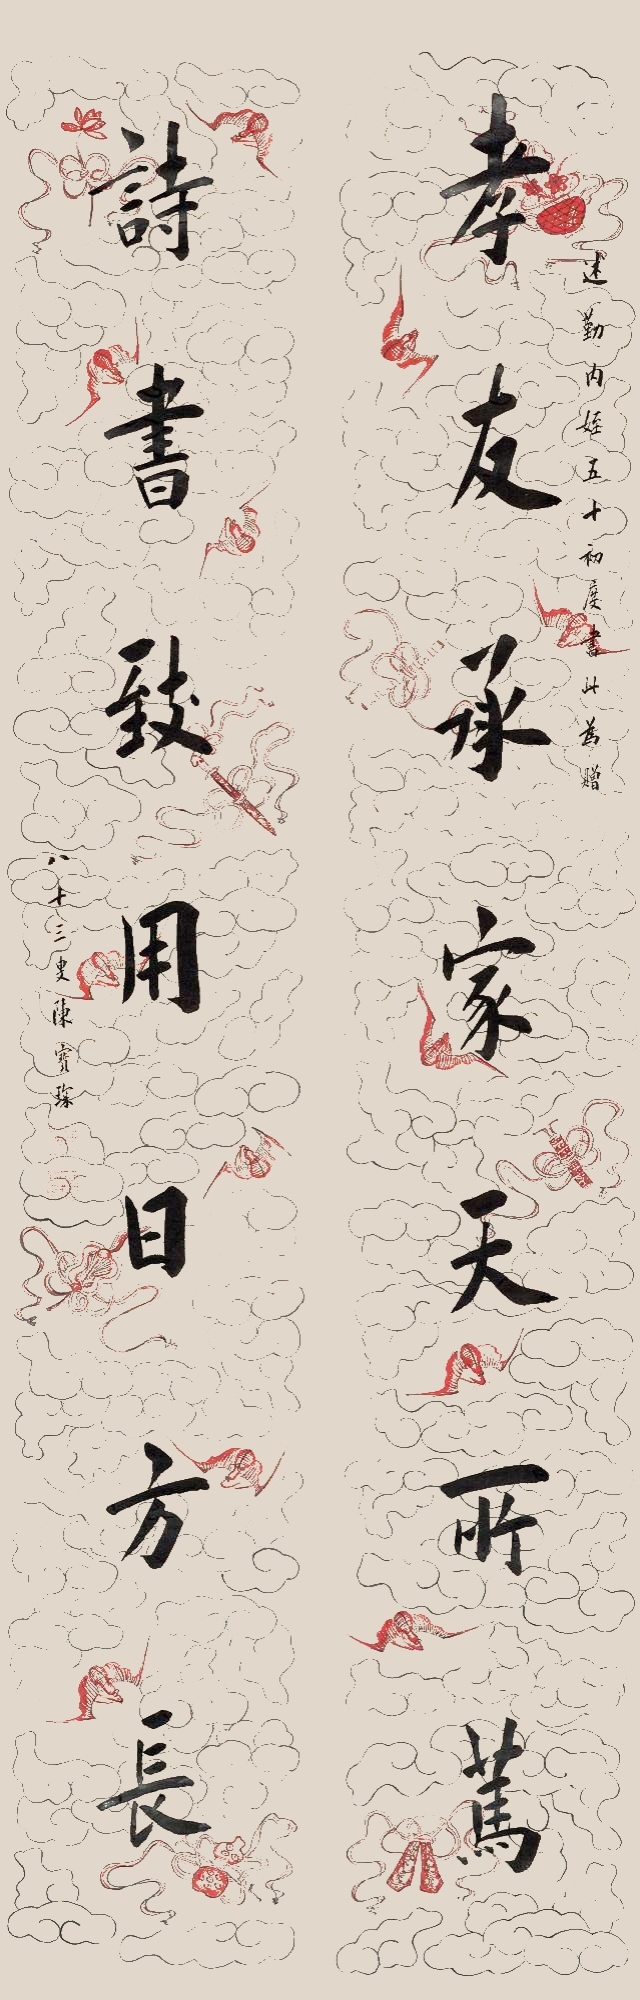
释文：孝友承家天所笃，诗书致用日方长。述勤内侄五十初度，书此为赠。八十三叟陈宝琛。